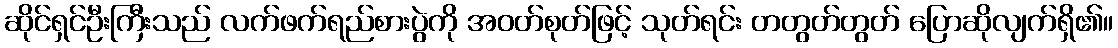
ဆိုင်ရှင်ဦးကြီးသည် လက်ဖက်ရည်စားပွဲကို အဝတ်စုတ်ဖြင့် သုတ်ရင်း တတွတ်တွတ် ပြောဆိုလျက်ရှိ၏။